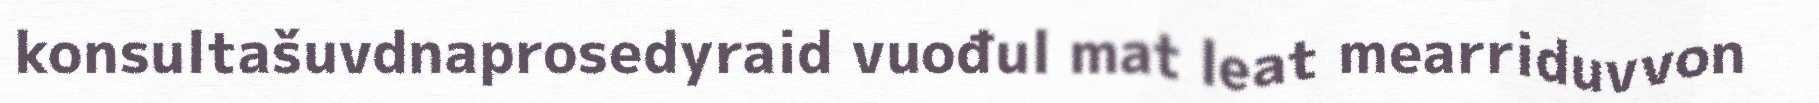
konsultašuvdnaprosedyraid vuođul mat leat mearriduvvon